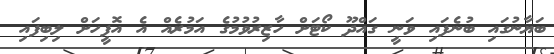
ބަޔާނުގައި ބުނެފައި ވަނީ ގައްދޫ ކޯޓަށް ހާޒިރުވުމުގެ އަމުރެއް އެ އޮފީހަށް ލިބިފައި